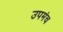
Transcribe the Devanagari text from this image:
उपमंच